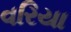
વરિયા